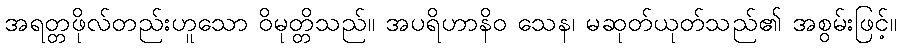
အရတ္တဖိုလ်တည်းဟူသော ဝိမုတ္တိသည်။ အပရိဟာနိဝ သေန၊ မဆုတ်ယုတ်သည်၏ အစွမ်းဖြင့်။